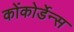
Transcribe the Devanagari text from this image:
कोंकोर्डेन्स